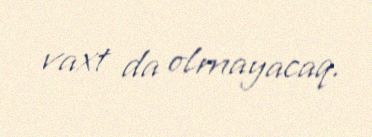
vaxt da olmayacaq.